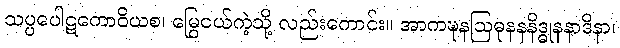
သပ္ပပေါဋကောဝိယစ၊ မြွေငယ်ကဲ့သို့ လည်းကောင်း။ အာကဍ္ဎနဩဓုနနနိဒ္ဓုနနာဒိနာ၊